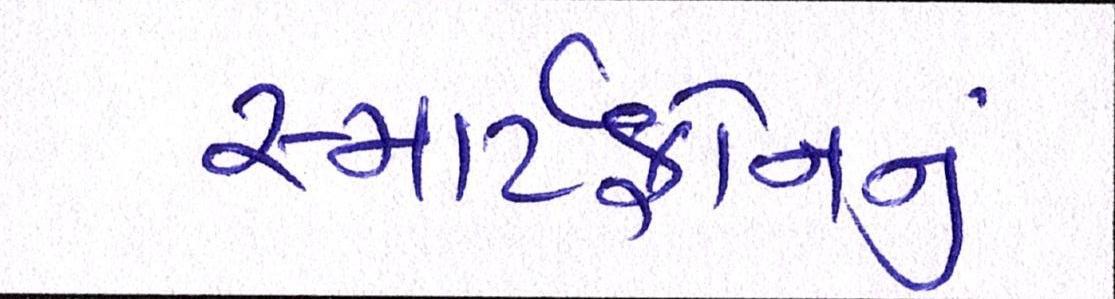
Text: સ્માર્ટફોનનું